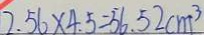
2 . 5 6 \times 4 . 5 = 5 6 . 5 2 c m ^ { 3 }